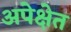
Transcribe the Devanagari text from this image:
अपेक्षेत